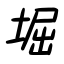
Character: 堀